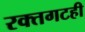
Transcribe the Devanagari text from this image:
रक्तगटही